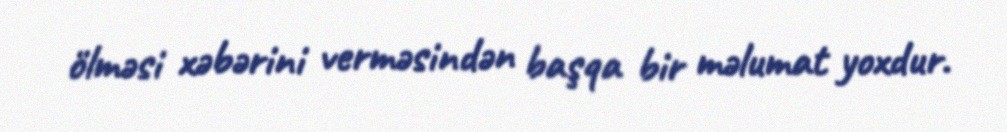
ölməsi xəbərini verməsindən başqa bir məlumat yoxdur.